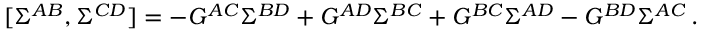
[ \Sigma ^ { A B } , \Sigma ^ { C D } ] = - G ^ { A C } \Sigma ^ { B D } + G ^ { A D } \Sigma ^ { B C } + G ^ { B C } \Sigma ^ { A D } - G ^ { B D } \Sigma ^ { A C } \, .